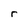
Character: r